Vaccination in Burma 1920-1933 - 1920-1933
Year: 1920
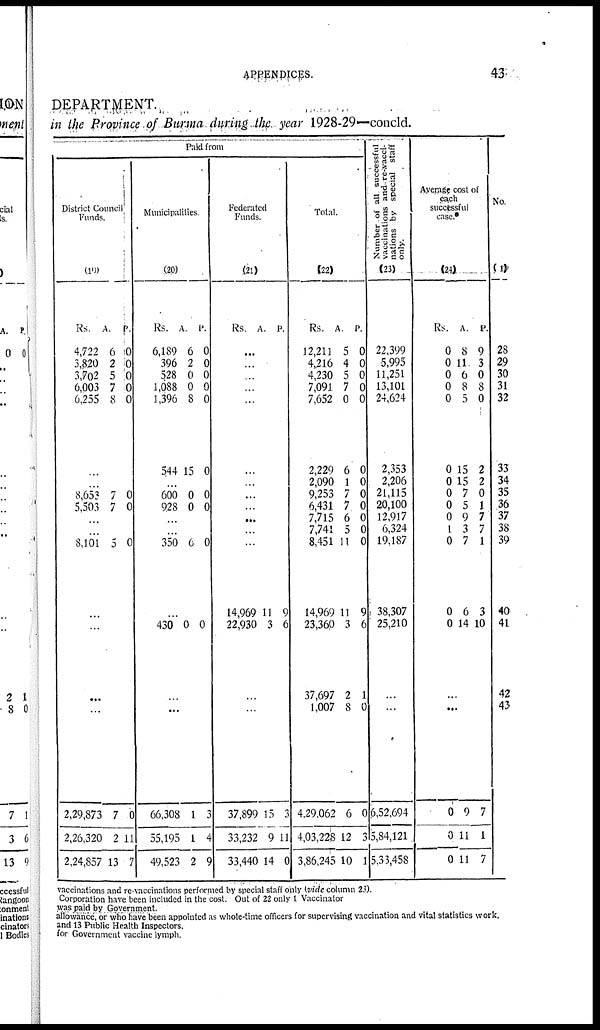
APPENDICES.
43
DEPARTMENT.
in the Province of Burma during the year 1928-29—concld.
Paid from
District Council
Funds.
(19)
Rs.
4,722
3,820
3,702
6,003
6,255
A.
6
2
5
7
8
P.
0
0
0
0
0
...
...
8,653
5,503
7
7
0
0
...
...
8,101 5 0
...
...
...
...
2,29,873
2,26,320
2,24,857
7
2
13
0
11
7
Municipalities.
(20)
Rs.
6,189
396
528
1,088
1,396
A.
6
2
0
0
8
P.
0
0
0
0
0
544 15 0
...
600
928
0
0
0
0
...
...
350 6 0
...
430 0 0
...
...
66,308
55,195
49,523
1
1
2
3
4
9
Federated
Funds.
(21)
Rs. A. P.
...
...
...
...
...
...
...
...
...
...
...
...
14,969
22,930
11
3
9
6
...
...
37,899
33,232
33,440
15
9
14
3
11
0
Total.
(22)
Rs.
12,211
4,216
4,230
7,091
7,652
2,229
2,090
9,253
6,431
7,715
7,741
8,451
14,969
23,360
37,697
1,007
4,29,062
4,03,228
3,86,245
A.
5
4
5
7
0
6
1
7
7
6
5
11
11
3
2
8
6
12
10
P.
0
0
0
0
0
0
0
0
0
0
0
0
9
6
1
0
0
3
1
Number of all successful
vaccinations and re-vacci-
nations by special staff
only.
(23)
22,399
5,995
11,251
13,101
24,624
2,353
2,206
21,115
20,100
12,917
6,324
19,187
38,307
25,210
...
...
6,52,694
5,84,121
5,33,458
Average cost of
each
successful
case.*
(24)
Rs.
0
0
0
0
0
0
0
0
0
0
1
0
0
0
A.
8
11
6
8
5
15
15
7
5
9
3
7
6
14
P.
9
3
0
8
0
2
2
0
1
7
7
1
3
10
...
...
0
0
0
9
11
11
7
1
7
No.
(1)
28
29
30
31
32
33
34
35
36
37
38
39
40
41
42
43
vaccinations and re-vaccinations performed by special staff only (vide column 23).
Corporation have been included in the cost. Out of 22 only 1 Vaccinator
was paid by Government.
allowance, or who have been appointed as whole-time officers for supervising vaccination and vital statistics work.
and 13 Public Health Inspectors.
for Government vaccine lymph.